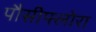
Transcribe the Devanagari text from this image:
पौसीफ्लोरा